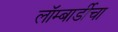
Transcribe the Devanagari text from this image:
लॉम्बार्डीचा